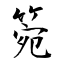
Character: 箢